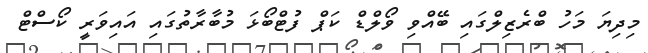
މިދިޔަ މަހު ބްރެޒިލްގައި ބޭއްވި ވޯލްޑް ކަޕް ފުޓްބޯޅަ މުބާރާތުގައި އައިވަރީ ކޯސްޓް